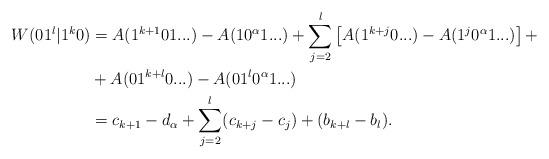
LaTeX: \begin{align*}W( 01^l | 1^k0 ) &= A(1^{k+1}01...) - A(10^\alpha1...) + \sum_{j=2}^l \left[ A(1^{k+j}0...) - A(1^j0^\alpha1...) \right] + \\&+ A(01^{k+l}0...) - A(01^l0^\alpha1...) \\&= c_{k+1} - d_\alpha + \sum_{j=2}^l(c_{k+j} - c_j) + (b_{k+l} - b_l). \end{align*}